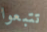
تتبعوا